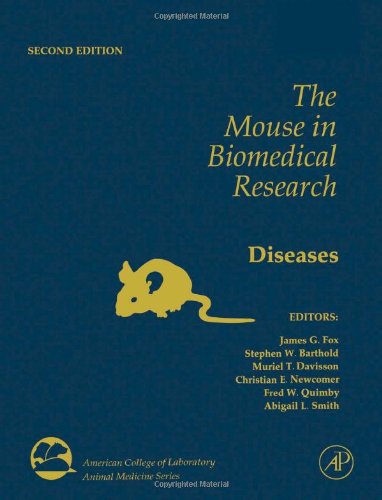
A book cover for The Mouse in Biomedical Research, Volume 4, Second Edition: Immunology (American College of Laboratory Animal Medicine); Medical Books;